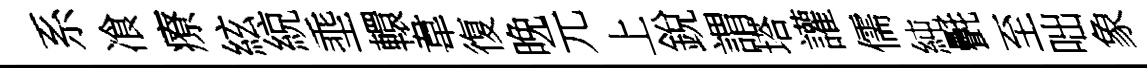
系飡療絃綂埀轘韋復晚元上銳謂塔讙儒純㲲至咄象